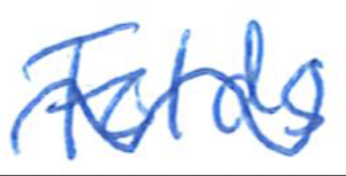
Text: Folds'
Cross-out: wave
Writing tool: ballpoint